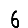
Digit: 6